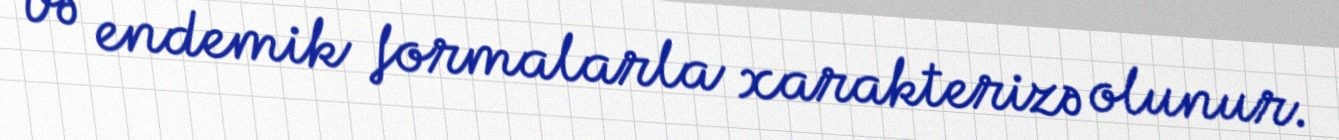
və endemik formalarla xarakterizə olunur.